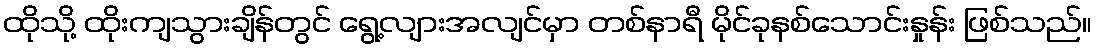
ထိုသို့ ထိုးကျသွားချိန်တွင် ရွေ့လျားအလျင်မှာ တစ်နာရီ မိုင်ခုနစ်သောင်းနှုန်း ဖြစ်သည်။